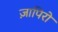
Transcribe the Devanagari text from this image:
ज़ापिरो